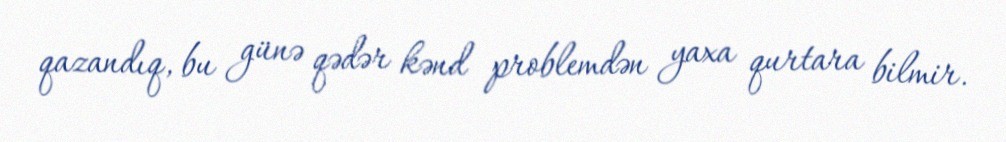
qazandıq, bu günə qədər kənd problemdən yaxa qurtara bilmir.